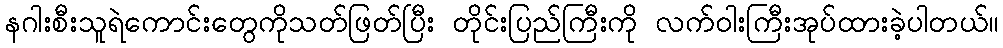
နဂါးစီးသူရဲကောင်းတွေကိုသတ်ဖြတ်ပြီး တိုင်းပြည်ကြီးကို လက်ဝါးကြီးအုပ်ထားခဲ့ပါတယ်။